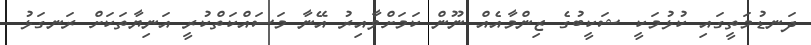
ދަނޑުމަތީގައި ކުޅުމަކީ ޝަކީބުގެ ޒިންމާއެއް ނޫން ކަމަށްވާއިރު އޭނާ މަސައްކަތްކުރީ އަނިޔާތަކަށް ރަނގަޅު